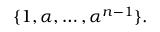
\{ 1 , \alpha , \dots , \alpha ^ { n - 1 } \} .